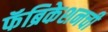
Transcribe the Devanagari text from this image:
फॅब्रिकेशनची